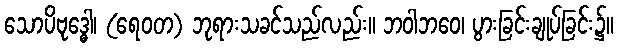
သောပိဗုဒ္ဓေါ၊ (ရေဝတ) ဘုရားသခင်သည်လည်း။ ဘဝါဘဝေ၊ ပွားခြင်းချုပ်ခြင်း၌။